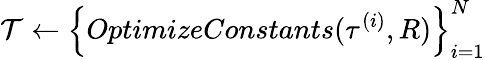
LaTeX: \mathcal{T}\leftarrow\left\{ OptimizeConstants(\tau^{(i)},R)\right\} _{i=1}^{N}